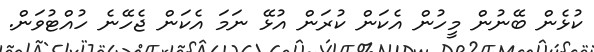
ކުޅެން ބޭނުން މީހުން އެކަން ކުރަން އުޅޭ ނަމަ އެކަން ޖެހޭނެ ހުއްޓުވަން.